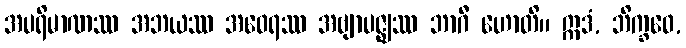
အပရိမာဏဿ အဘယဿ အဝေရဿ အဗျာပဇ္ဈဿ ဘာဂီ ဟောတိ။ ဣဒံ, ဘိက္ခဝေ,